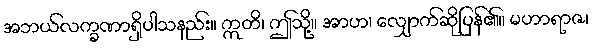
အဘယ်လက္ခဏာရှိပါသနည်း။ ဣတိ၊ ဤသို့။ အာဟ၊ လျှောက်ဆိုပြန်၏။ မဟာရာဇ၊